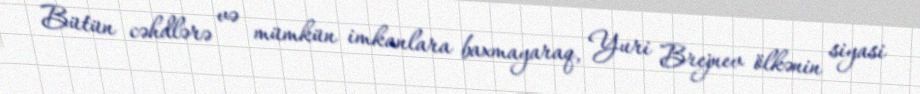
Bütün cəhdlərə və mümkün imkanlara baxmayaraq, Yuri Brejnev ölkənin siyasi